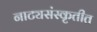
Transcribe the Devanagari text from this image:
नाट्यसंस्कृतीत